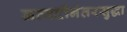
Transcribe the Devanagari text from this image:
नव्वदीनंतरसुद्धा